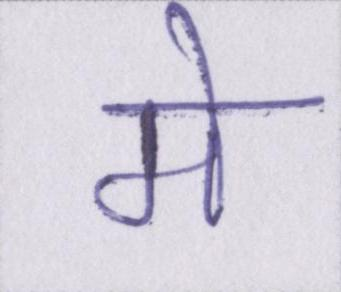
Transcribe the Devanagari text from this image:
मे